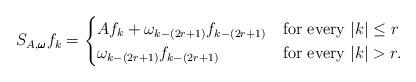
LaTeX: \begin{align*}S_{A,\pmb{\omega} }f_{k}=\begin{cases} Af_{k}+\omega _{k-(2r+1)}f_{k-(2r+1)}&\textrm{for every}\ |k|\le r\\\omega _{k-(2r+1)}f_{k-(2r+1)}&\textrm{for every}\ |k|> r.\end{cases}\end{align*}